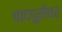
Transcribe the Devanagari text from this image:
चांदपुरीवर